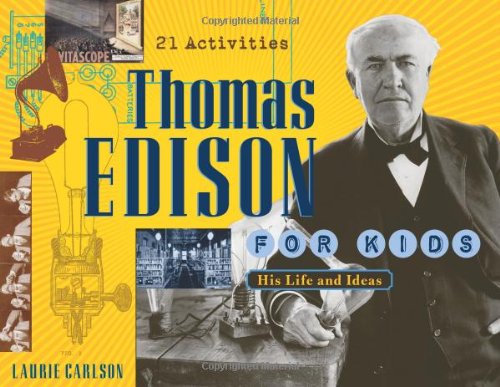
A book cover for Thomas Edison for Kids: His Life and Ideas, 21 Activities (For Kids series); Laurie Carlson; Children's Books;